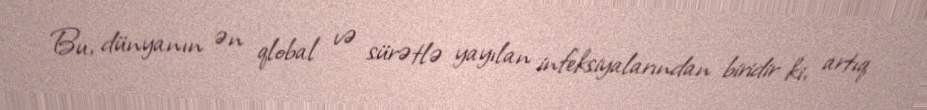
Bu, dünyanın ən qlobal və sürətlə yayılan infeksiyalarından biridir ki, artıq